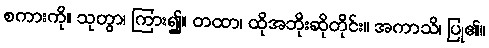
စကားကို။ သုတွာ၊ ကြား၍။ တထာ၊ ထိုအဘိုးဆိုတိုင်း။ အကာသိ၊ ပြု၏။